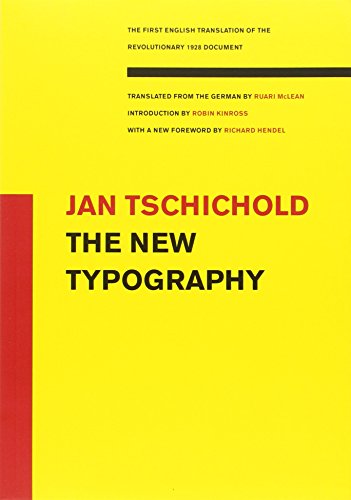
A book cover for The New Typography (Weimar and Now: German Cultural Criticism); Jan Tschichold; Arts & Photography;